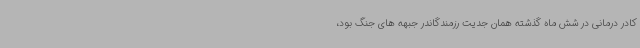
کادر درمانی در شش ماه گذشته همان جدیت رزمندگاندر جبهه های جنگ بود،